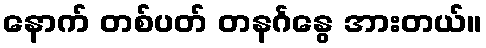
နောက် တစ်ပတ် တနင်္ဂနွေ အားတယ်။